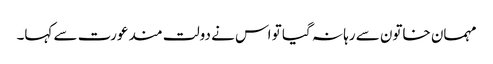
مہمان خاتون سے رہا نہ گیا تو اس نے دولت مند عورت سے کہا۔